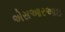
એસઆરઆઇ